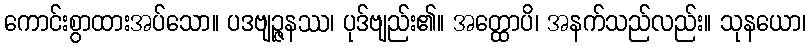
ကောင်းစွာထားအပ်သော။ ပဒဗျဉ္ဇနဿ၊ ပုဒ်ဗျည်း၏။ အတ္ထောပိ၊ အနက်သည်လည်း။ သုနယော၊